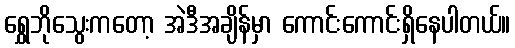
ရွှေဘိုသွေးကတော့ အဲဒီအချိန်မှာ ကောင်းကောင်းရှိနေပါတယ်။